Leaving Certificate Examination, 1918
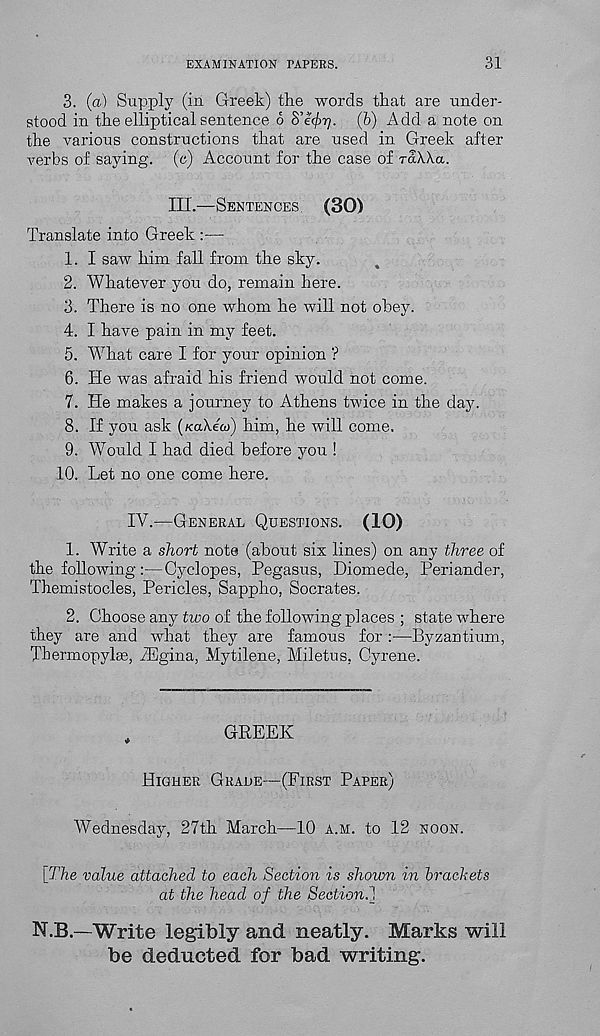
EXAMINATION TAPERS.
31
3. (a) Supply (in Greek) the words that are under-
stood in the elliptical sentence 6 S’<h/>p. (b) Add a note on
the various constructions that are used in Greek after
verbs of saying, (c) Account for the case of raWa.
III.—Sentences
(30)
Translate into Greek :—
1. I saw him fall from the sky.
2. Whatever you do, remain here.
3. There is no one whom he will not obey.
4. I have pain in my feet.
5. What care I for your opinion ?
6. He was afraid his friend would not come.
7. He makes a journey to Athens twice in the day.
8. If you ask (KaXeco) him, he will come.
9. Would I had died before you !
10. Let no one come here.
IV.—General Questions. (10)
1. Write a short note (about six lines) on any three of
the following :—Cyclopes, Pegasus, Diomede, Periander,
Themistocles, Pericles, Sappho, Socrates.
2. Choose any two of the following places ; state w r here
they are and what they are famous for :—Byzantium,
Thermopylae, iEgina, Mytilene, Miletus, Cyrene.
,
GREEK
Higher Grade—(First Paper)
Wednesday, 27th March—10 a.m. to 12 noon.
[The value attached to each Section is shown in brackets
at the head of the Section. ]
N.B.—Write legibly and neatly. Marks will
be deducted for bad writing.